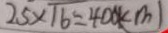
2 5 \times 1 6 = 4 0 0 ( c m )